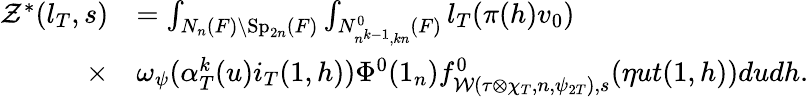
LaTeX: \begin{array}{rl}{\mathcal{Z}^{\ast}(l_{T},s)}&{=\int_{N_{n}(F)\backslash\mathrm{Sp}_{2n}(F)}\int_{N_{n^{k-1},kn}^{0}(F)}l_{T}(\pi(h)v_{0})}\\ {\times}&{\omega_{\psi}(\alpha_{T}^{k}(u)i_{T}(1,h))\Phi^{0}(1_{n})f_{\mathcal{W}(\tau\otimes\chi_{T},n,\psi_{2T}),s}^{0}(\eta ut(1,h))dudh.}\end{array}